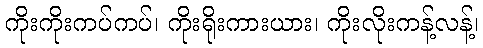
ကိုးကိုးကပ်ကပ်၊ ကိုးရိုးကားယား၊ ကိုးလိုးကန့်လန့်၊